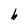
Character: b